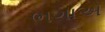
ભગાએ